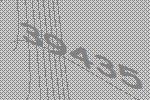
39435